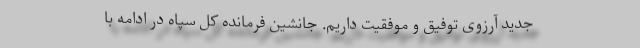
جدید آرزوی توفیق و موفقیت داریم. جانشین فرمانده کل سپاه در ادامه با